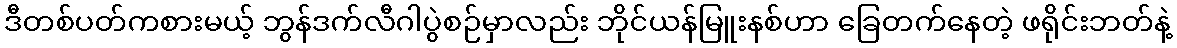
ဒီတစ်ပတ်ကစားမယ့် ဘွန်ဒက်လီဂါပွဲစဉ်မှာလည်း ဘိုင်ယန်မြူးနစ်ဟာ ခြေတက်နေတဲ့ ဖရိုင်းဘတ်နဲ့